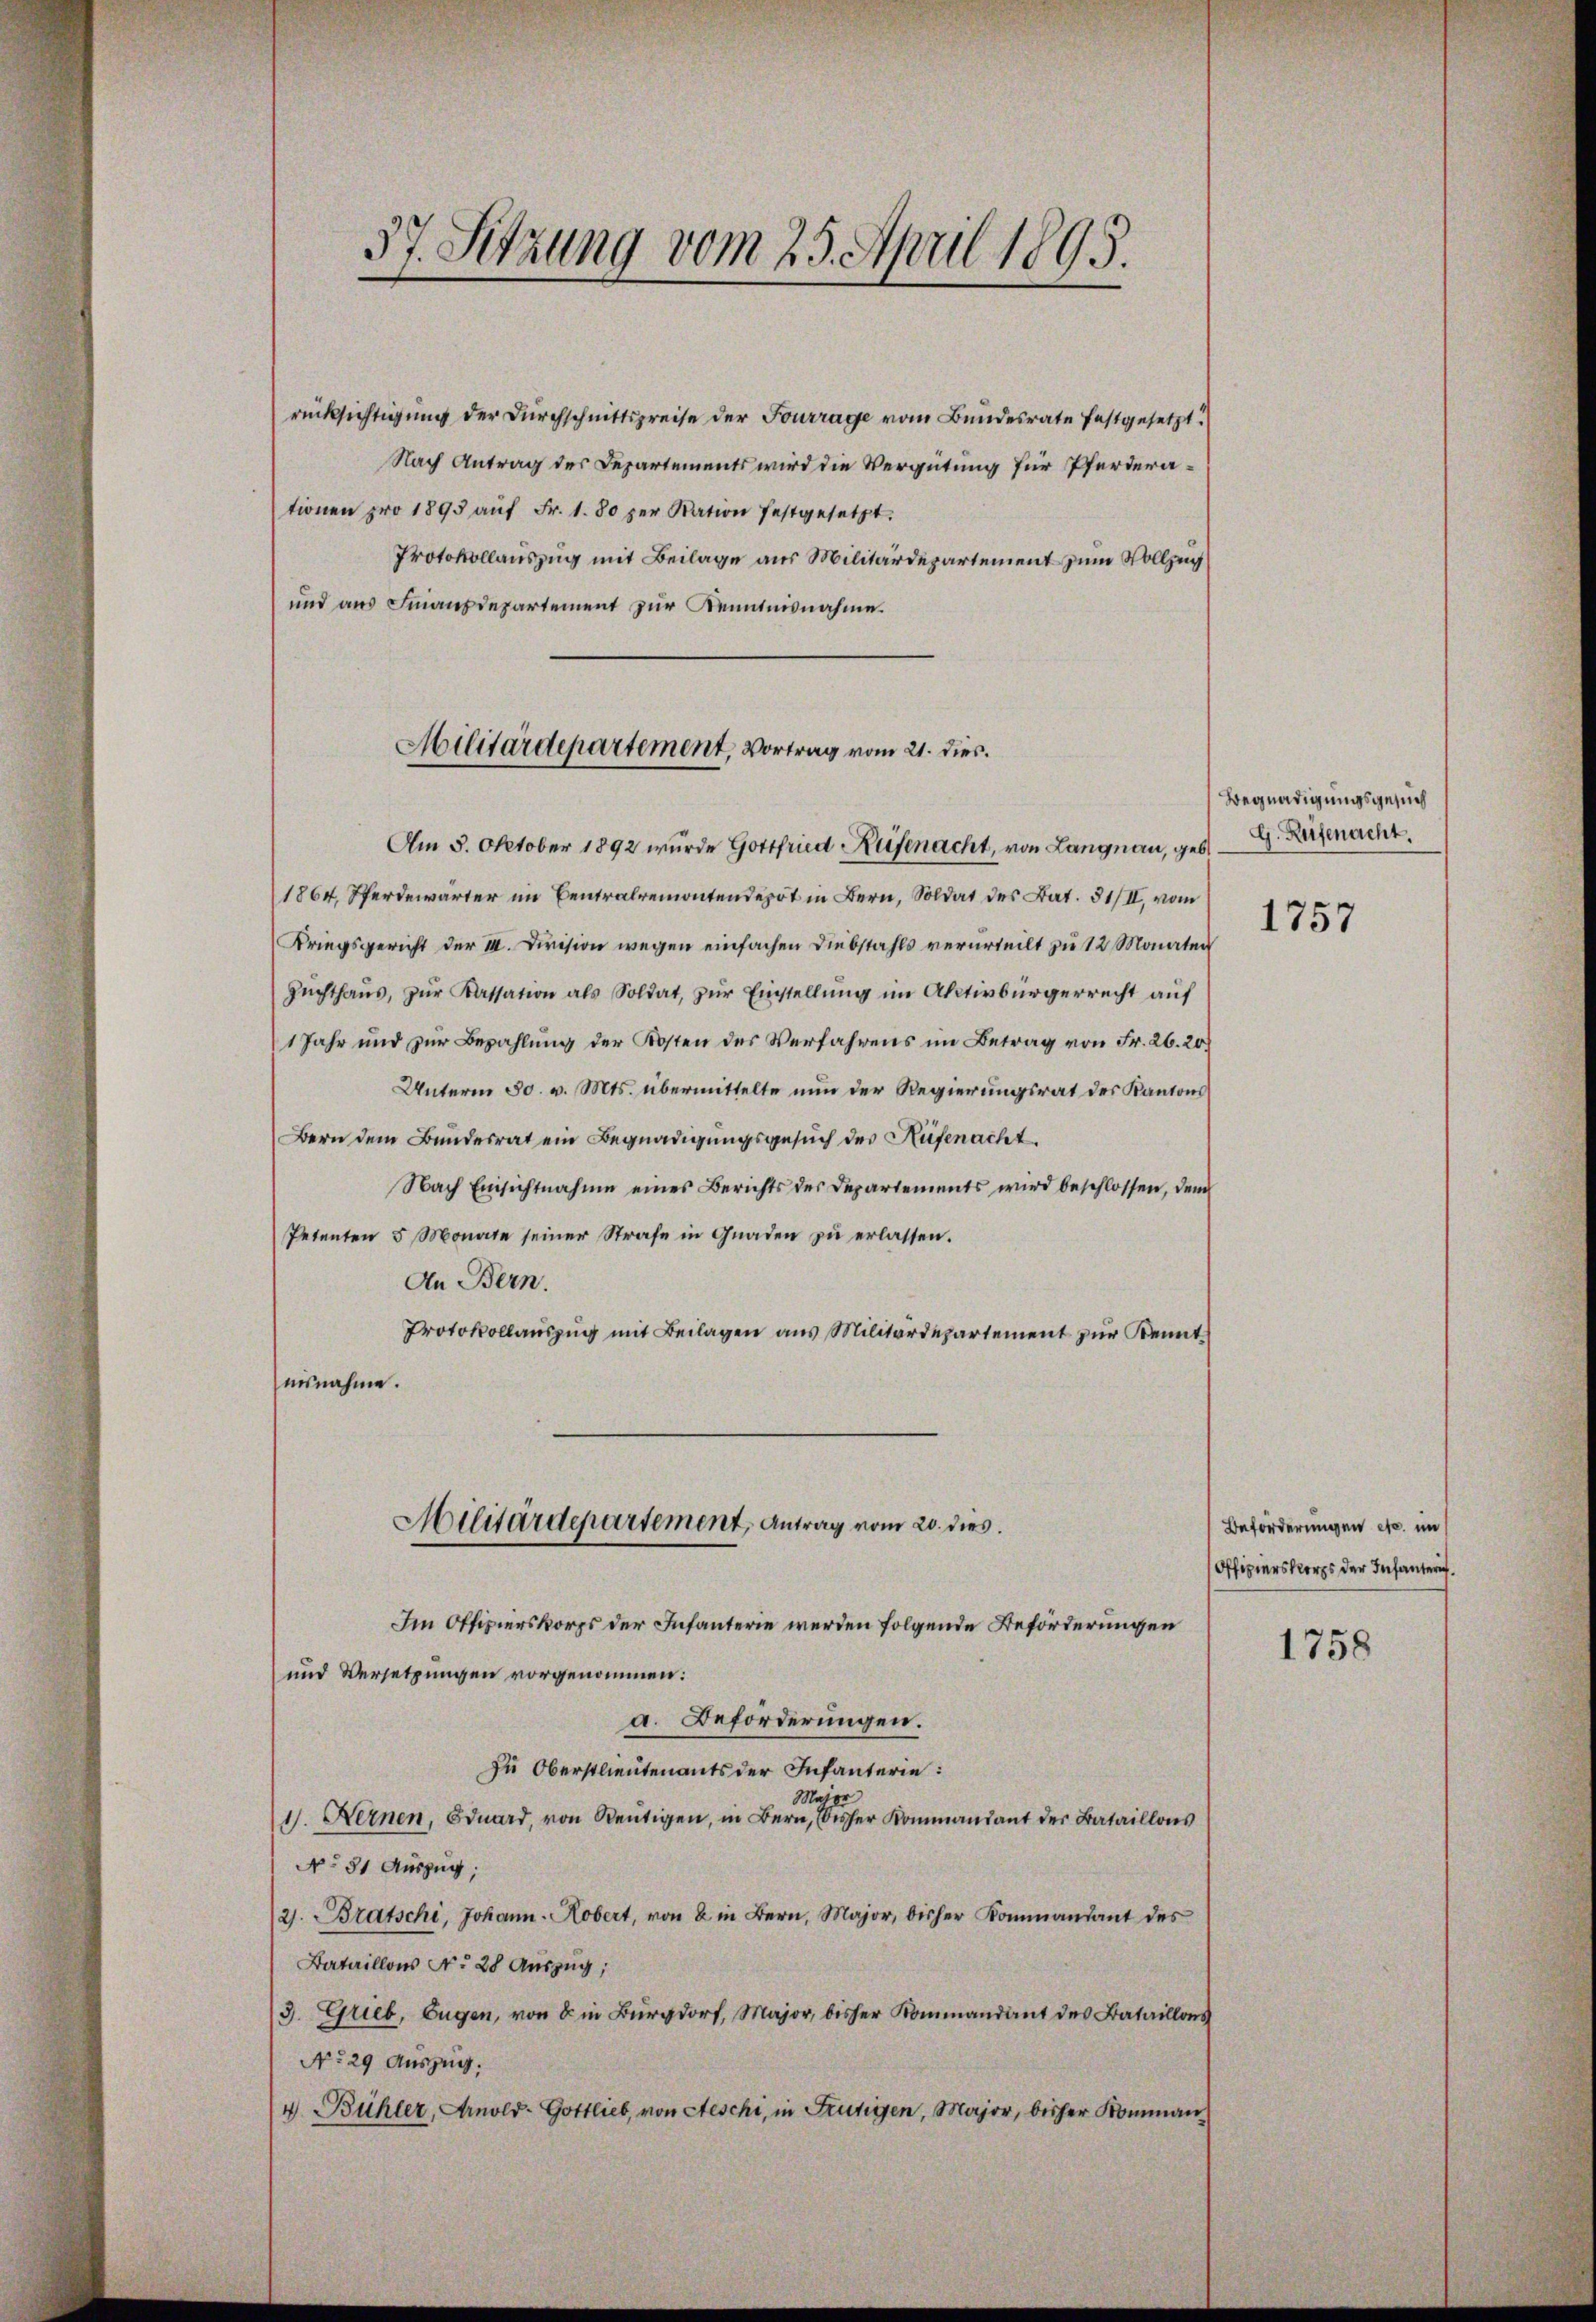
37. Setzung vom 25. April 1895.

rücksichtigung der Durchschnittspreise der Fourrage vom Bundesrate festgesetzt.
Nach Antrag des Departements wird die Vergütung für Pferderationen pro 1893 aŭf Fr. 1. 80 per Nation festgesetzt.
Protokollauszug mit Beilage aus Militärdepartement zum Vollzug
und aus Finanzdepartement zur Kenntnisnahme.

Militärdepartement, Vortrag vom 21. dies.

Am 5. Oktober 1892 wurde Gottfried Keisenacht, von Langnau, geb
1864, Pferdewärter im Centralremontendepot in Bern, Soldat des Bat. 31/II., vom
Kriegsgericht der III. Division wegen einfachen Diebstahls verurteilt zu 12 Monaten
Zŭchthaŭs zŭr Kassation als Soldat, zŭr Einstellung im Aktivbürgerrecht auf
1 Jahr und zur Bezahlung der Kosten des Verfahrens im Betrag von Fr. 26. 20
Unterm 30. v. Mts. übermittelte nun der Regierungsrat des Kantons
Bern dem Bundesrat ein Begnadigungsgesuch der Rüfenacht.
Nach Einsichtnahme eines Berichts der Departements wird beschlossen, den
Petenten 5 Monate seiner Strafe in Gnaden zu erlassen.
An Bern.
Protokollauszug mit Beilagen aus Militärdepartement zur Kenntnisnahme.
Militärdepartement, Antrag vom 20. dies
Im Offizierskorps der Infanterie werden folgende Beförderungen
und Versetzungen vorgenommen:
a. Beförderungen.
zu Oberstlieutenants der Infanterie:
Major
1. Fernen, Eduard, von Reutigen, in Bern, bisher Kommt der Bataillons
No 81 Auszug,
21. Bratschi, Johann-Kobert, von 2 in Bern, Major, bisher Kommandant des
Bataillons No 28 Auszug,
3. Grieb, Eugen, von 8 in Burgdorf, Major, bisher Kommandant des Bataillons
No 29 Auszug.
4. Bühler, Arnold- Gottlieb, von Aeschi, in Frutigen, Major, bisher Komman

Begnadigungsgesuch
G. Reisenacht.
1757

Beförderungen etc. im
Offizierskorps der Infanteri.

1758